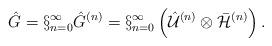
LaTeX: \begin{align*}\hat{G}=\S^{\infty}_{n=0}\hat{G}^{(n)}=\S^{\infty}_{n=0}\left(\hat{\cal U}^{(n)}\otimes {\bar{\cal H}}^{(n)}\right).\end{align*}